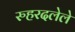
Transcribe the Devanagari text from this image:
रुहरदलेले